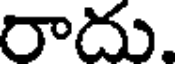
రాదు.